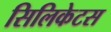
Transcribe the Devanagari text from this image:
सिलिकेटस